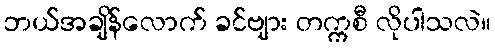
ဘယ်အချိန်လောက် ခင်ဗျား တက္ကစီ လိုပါသလဲ။